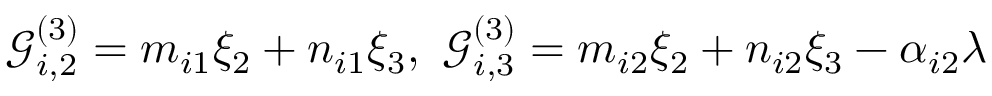
\mathcal { G } _ { i , 2 } ^ { ( 3 ) } = m _ { i 1 } \xi _ { 2 } + n _ { i 1 } \xi _ { 3 } , ~ \mathcal { G } _ { i , 3 } ^ { ( 3 ) } = m _ { i 2 } \xi _ { 2 } + n _ { i 2 } \xi _ { 3 } - \alpha _ { i 2 } \lambda